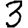
Digit: 3